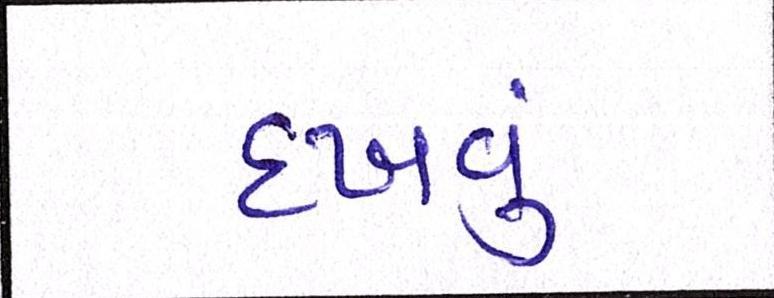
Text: દઃખવું